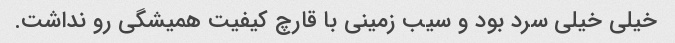
خیلی خیلی سرد بود و سیب زمینی با قارچ کیفیت همیشگی رو نداشت.